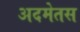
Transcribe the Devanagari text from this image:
अदमेतस